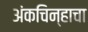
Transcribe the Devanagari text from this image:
अंकचिन्हाचा